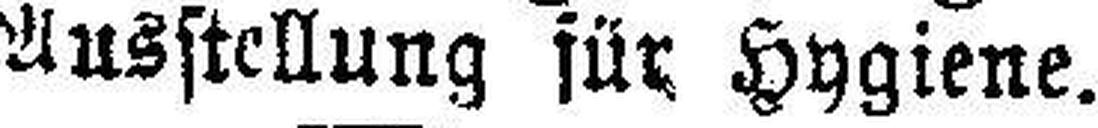
Ausstellung für Hygiene.